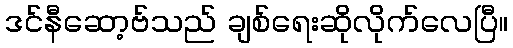
ဒင်နီဆော့ဗ်သည် ချစ်ရေးဆိုလိုက်လေပြီ။